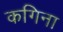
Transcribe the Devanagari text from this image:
कगिना